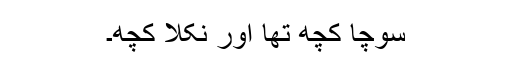
سوچا کچھ تھا اور نکلا کچھ۔